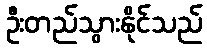
ဦးတည်သွားနိုင်သည်